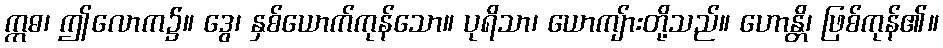
ဣဓ၊ ဤလောက၌။ ဒွေ၊ နှစ်ယောက်ကုန်သော။ ပုရိသာ၊ ယောကျ်ားတို့သည်။ ဟောန္တိ၊ ဖြစ်ကုန်၏။